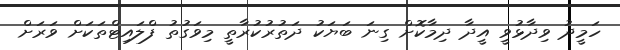
ހަމީދު ވިދާޅުވީ އީދާ ދިމާކޮށް ގިނަ ބަޔަކު ދަތުރުކުރާތީ މިވަގުތު ފްލައިޓްތަކަށް ވަރަށް